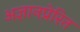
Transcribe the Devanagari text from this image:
अज्ञानप्रेरित